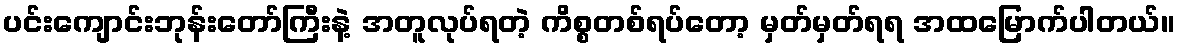
ပင်းကျောင်းဘုန်းတော်ကြီးနဲ့ အတူလုပ်ရတဲ့ ကိစ္စတစ်ရပ်တော့ မှတ်မှတ်ရရ အထမြောက်ပါတယ်။